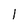
Character: 1